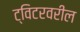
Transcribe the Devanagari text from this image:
ट्विटरवरील